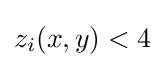
z_{i}(x,y)<4